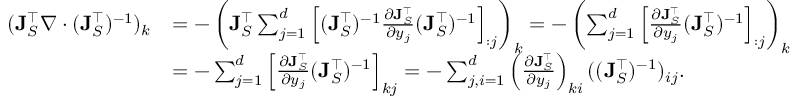
\begin{array} { r l } { ( \mathbf { J } _ { S } ^ { \top } \nabla \cdot ( \mathbf { J } _ { S } ^ { \top } ) ^ { - 1 } ) _ { k } } & { = - \left( \mathbf { J } _ { S } ^ { \top } \sum _ { j = 1 } ^ { d } \left[ ( \mathbf { J } _ { S } ^ { \top } ) ^ { - 1 } \frac { \partial \mathbf { J } _ { S } ^ { \top } } { \partial y _ { j } } ( \mathbf { J } _ { S } ^ { \top } ) ^ { - 1 } \right] _ { : j } \right) _ { k } = - \left( \sum _ { j = 1 } ^ { d } \left[ \frac { \partial \mathbf { J } _ { S } ^ { \top } } { \partial y _ { j } } ( \mathbf { J } _ { S } ^ { \top } ) ^ { - 1 } \right] _ { : j } \right) _ { k } } \\ & { = - \sum _ { j = 1 } ^ { d } \left[ \frac { \partial \mathbf { J } _ { S } ^ { \top } } { \partial y _ { j } } ( \mathbf { J } _ { S } ^ { \top } ) ^ { - 1 } \right] _ { k j } = - \sum _ { j , i = 1 } ^ { d } \left( \frac { \partial \mathbf { J } _ { S } ^ { \top } } { \partial y _ { j } } \right) _ { k i } ( ( \mathbf { J } _ { S } ^ { \top } ) ^ { - 1 } ) _ { i j } . } \end{array}